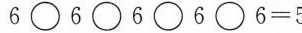
6\Box6\Box6\Box6\Box6=5